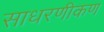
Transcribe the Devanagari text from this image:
साधरणीकण